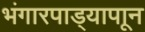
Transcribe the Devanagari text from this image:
भंगारपाड्यापाून